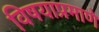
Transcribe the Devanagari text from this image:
विषयाप्रमाणे